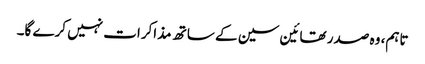
تاہم، وہ صدر تھائین سین کے ساتھ مذاکرات نہیں کرے گا۔